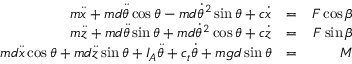
\begin{array} { r l r } { m \ddot { x } + m d \ddot { \theta } \cos \theta - m d \dot { \theta } ^ { 2 } \sin \theta + c \dot { x } } & { = } & { F \cos \beta } \\ { m \ddot { z } + m d \ddot { \theta } \sin \theta + m d \dot { \theta } ^ { 2 } \cos \theta + c \dot { z } } & { = } & { F \sin \beta } \\ { m d \ddot { x } \cos \theta + m d \ddot { z } \sin \theta + I _ { A } \ddot { \theta } + c _ { t } \dot { \theta } + m g d \sin \theta } & { = } & { M } \end{array}